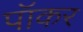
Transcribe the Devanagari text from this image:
पॉकर